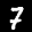
Label: 7